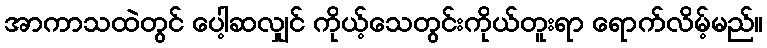
အာကာသထဲတွင် ပေါ့ဆလျှင် ကိုယ့်သေတွင်းကိုယ်တူးရာ ရောက်လိမ့်မည်။